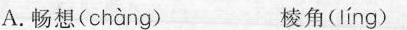
A.畅想( chàng ) 棱角( líng )